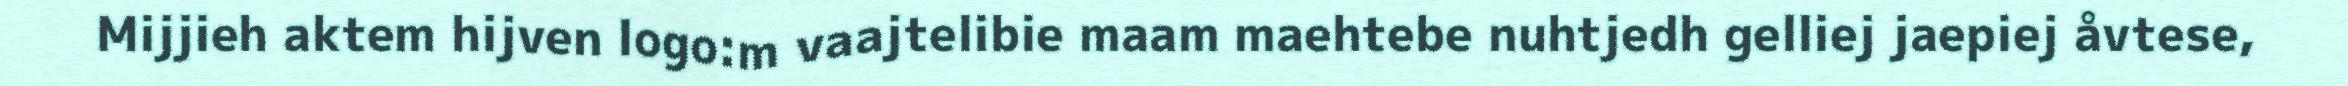
Mijjieh aktem hijven logo:m vaajtelibie maam maehtebe nuhtjedh gelliej jaepiej åvtese,